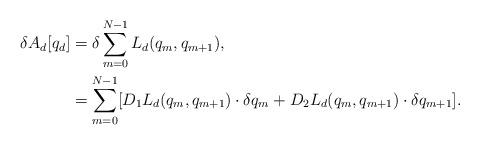
LaTeX: \begin{align*} \delta A_d[q_d] &=\delta\sum_{m=0}^{N-1} L_d (q_m,q_{m+1}), \\ &=\sum_{m=0}^{N-1} [D_1 L_d (q_m,q_{m+1}) \cdot \delta{q_m}+D_2 L_d (q_m,q_{m+1}) \cdot \delta{q_{m+1}}]. \end{align*}